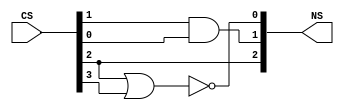
module statemachine1

(
 input [3:0] CS,
 output [2:0] NS
);

 assign NS[0]=~(CS[2]|CS[3]),
        NS[1]=CS[1] & CS[0],
        NS[2]=CS[2];
 endmodule